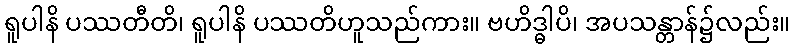
ရူပါနိ ပဿတီတိ၊ ရူပါနိ ပဿတိဟူသည်ကား။ ဗဟိဒ္ဓါပိ၊ အပသန္တာန်၌လည်း။